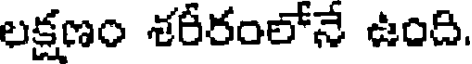
లక్షణం శరీరంలోనే ఉంది.